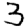
Digit: 3